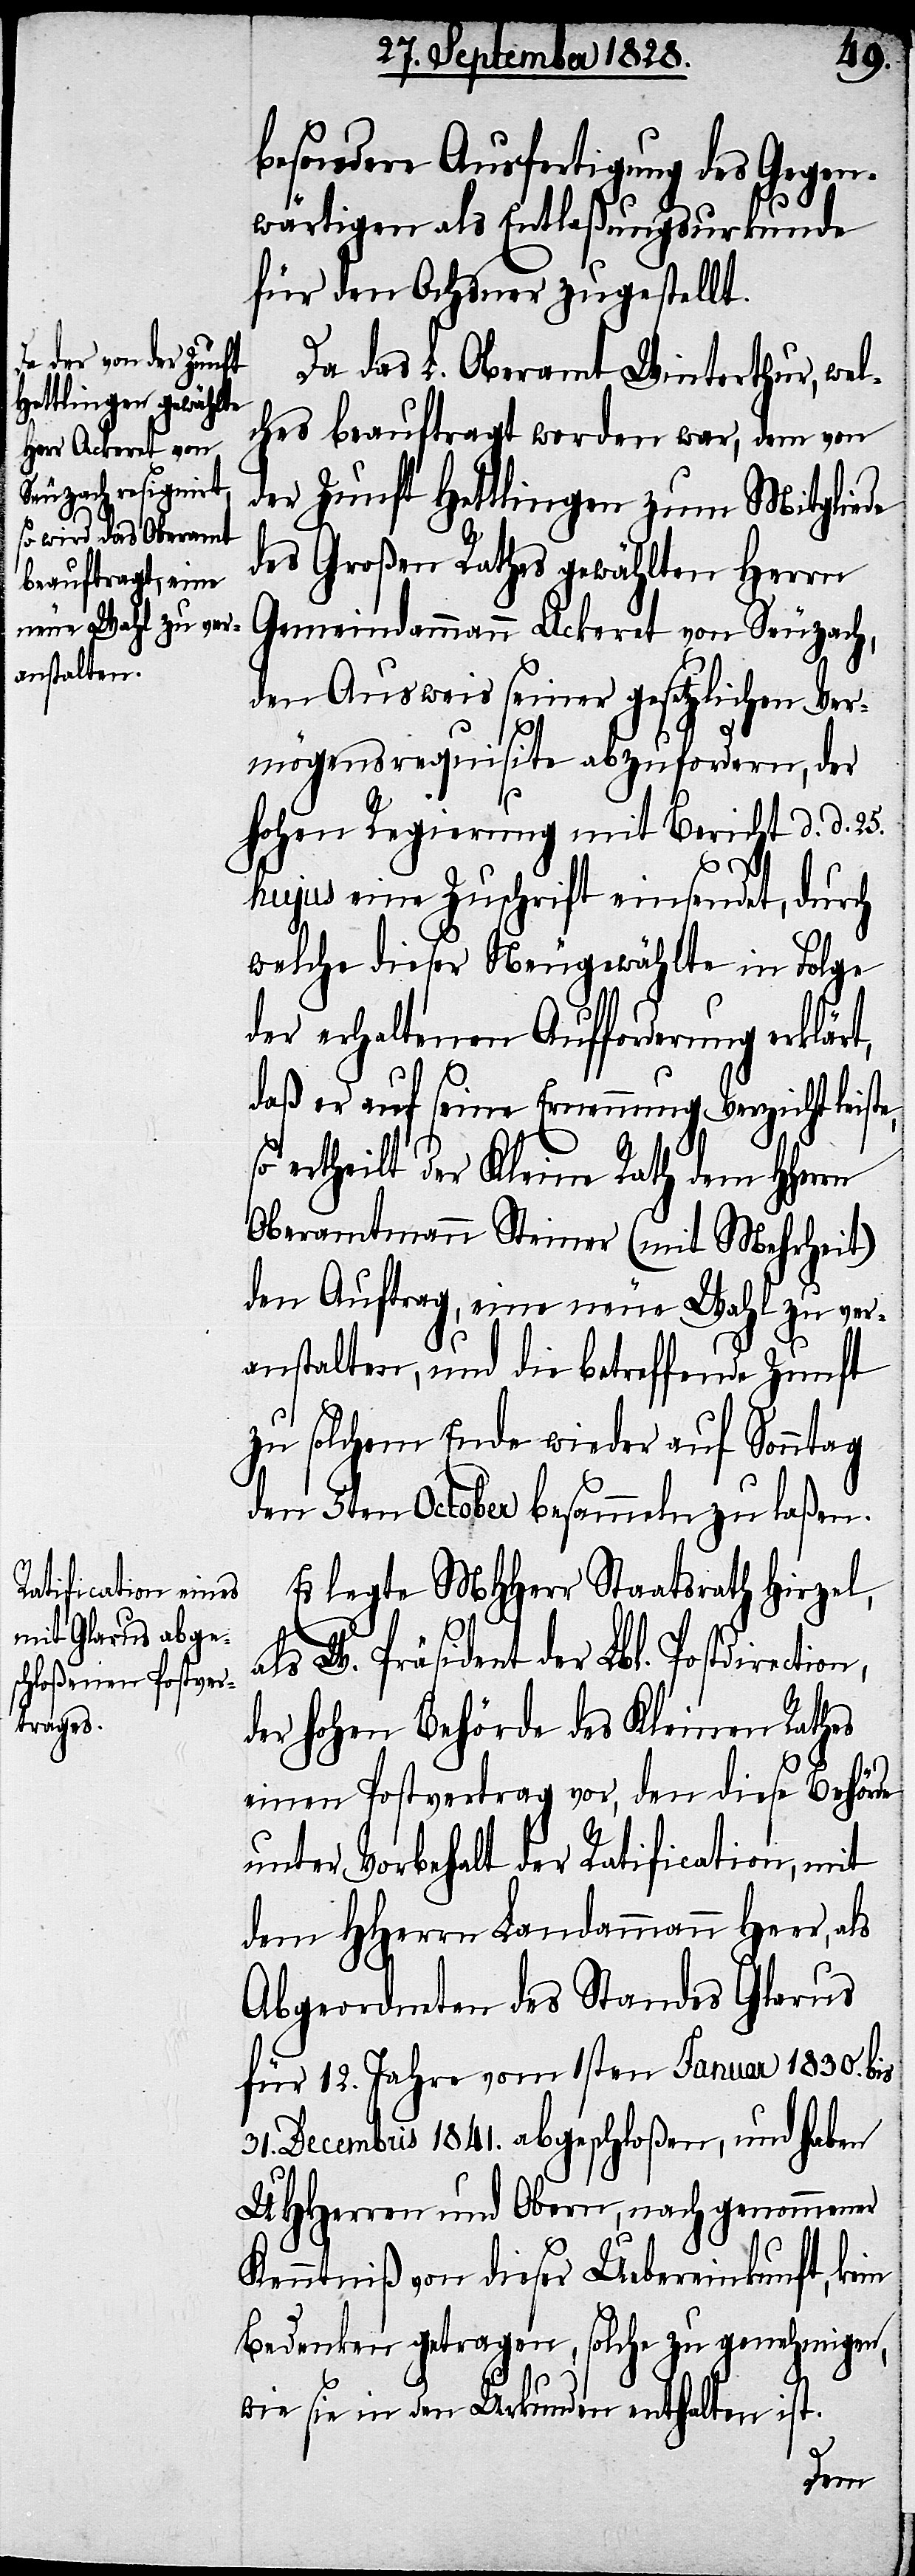
besondere Ausfertigung des Gegen¬
wärtigen als Entlaßungsurkunde
für den Ochsner zugestellt.
Da das L. Oberamt Winterthur, wel¬
ches beauftragt worden war, dem von
der Zunft Hettlingen zum Mitgliede
des Großen Rathes gewählten Herrn
Gemeindammann Ackeret von Seuzach,
den Ausweis seiner gesetzlichen Ver¬
mögensrequisite abzufordern, der
hohen Regierung mit Bericht d. d. 25.
e,
hujus eine Zuschrift einsendet, durch
welche dieser Neugewählte in Folge
der erhaltenen Aufforderung erklärt,
daß er auf seine Ernennung Verzicht leist¬
so ertheilt der Kleine Rath dem HHerrn
Oberamtmann Steiner (mit Mehrheit)
den Auftrag, eine neue Wahl zu ver¬
anstalten, und die betreffende Zunft
zu solchem Ende wieder auf Sonntag
den 5ten October besammeln zu laßen.
Es legte MHHerr Staatsrath Hirzel,
als W. Präsident der Lbl. Postdirection,
der hohen Behörde des Kleinen Rathes
einen Postvertrag vor, den diese Behörde
unter Vorbehalt der Ratification, mit
dem HHerrn Landammann Heer, als
Abgeordneten des Standes Glarus
für 12. Jahre vom 1sten Januar 1830. bis
31. Decembris 1841. abgeschloßen, und haben
UHHerren und Obern, nach genommener
Kenntniß von dieser Uebereinkunft, kein
Bedenken getragen, solche zu genehmigen,
wie sie in den Urkunden enthalten ist.